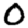
Digit: 0